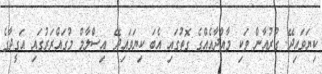
ކިޔަވައިދޭ. ގުރުއާން ވަކި މާއްދާއެއްގެ ގޮތުގައި އެބަ ކިޔަވައިދޭ. އިސްލާމް މުގައްރަރުގައި އަގީދާގެ